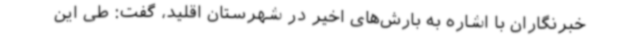
خبرنگاران با اشاره به بارش‌های اخیر در شهرستان اقلید، گفت: طی این